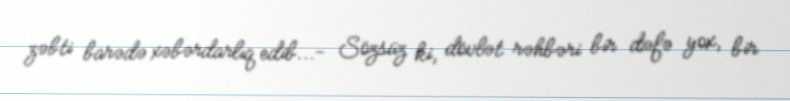
zəbti barədə xəbərdarlıq edib...- Sözsüz ki, dövlət rəhbəri bir dəfə yox, bir